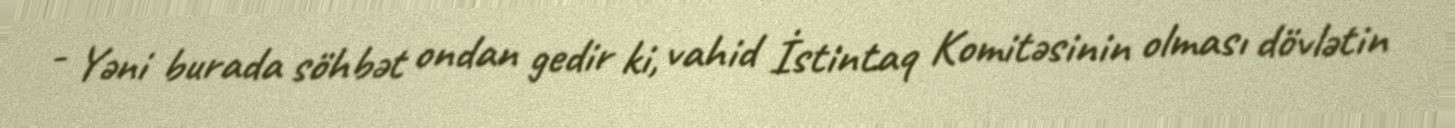
- Yəni burada söhbət ondan gedir ki, vahid İstintaq Komitəsinin olması dövlətin